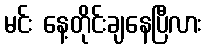
မင်း နေ့တိုင်းချနေပြီလား